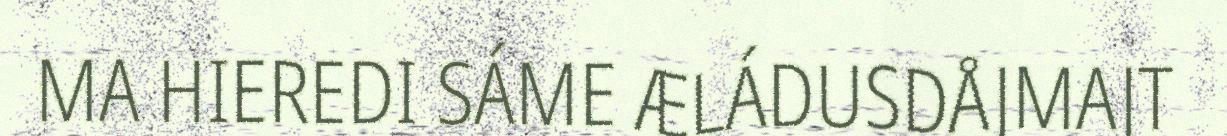
MA HIEREDI SÁME ÆLÁDUSDÅJMAJT